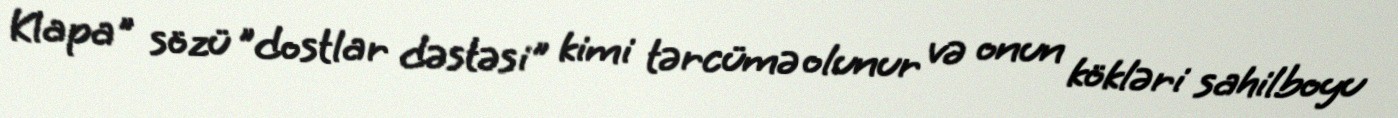
Klapa" sözü "dostlar dəstəsi" kimi tərcümə olunur və onun kökləri sahilboyu